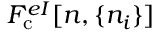
F _ { \mathrm { c } } ^ { e I } [ n , \{ n _ { i } \} ]